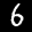
Label: 6